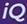
iQ